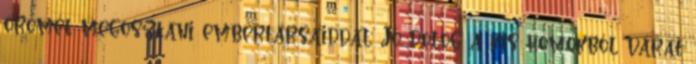
örömét megosztani embertársaiddal. Jó dolog a kis homokból várat